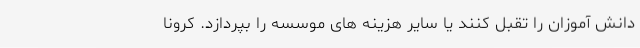
دانش آموزان را تقبل کنند یا سایر هزینه های موسسه را بپردازد. کرونا